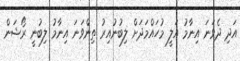
އަދި ދެވަނަ އިނާމު އަލީ މުހައްމަދަށް ލިބުނުއިރު ތިންވަނަ އިނާމު ލިބުނީ ރޯޝަން